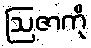
ဩဇာကို